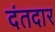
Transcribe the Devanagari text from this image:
दंतदार